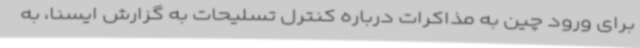
برای ورود چین به مذاکرات درباره کنترل تسلیحات به گزارش ایسنا،‌ به